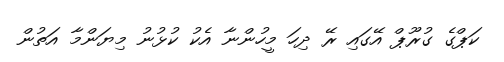
ކަޕްގެ ގުރޫޕް އޭގައި ރޭ ދިހަ މީހުންނާ އެކު ކުޅުނު މިޔަންމާ އަތުން